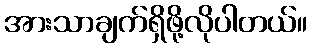
အားသာချက်ရှိဖို့လိုပါတယ်။